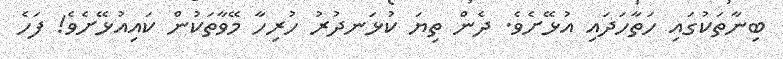
ބިނާތަކުގައި ހަތާހަދައި އުޅޭށެވެ. ދެން ތިޔަ ކުޅަނދުރު ހުރިހާ މޭވާތަކުން ކައިއުޅޭށެވެ! ފަހެ